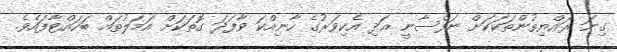
ގިނަ ރައްޔިތުންތަކަކަށް ނަފްސާނީ އަދި އެކިވަރުގެ ހާނިއްކަ ވާފަދަ ގޮތަކަށް އަމަލުތައް ބަހައްޓާފައެވެ.